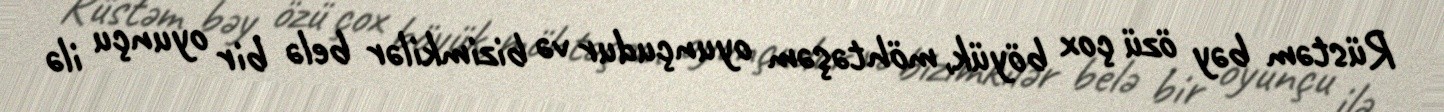
Rüstəm bəy özü çox böyük, möhtəşəm oyunçudur və bizimkilər belə bir oyunçu ilə